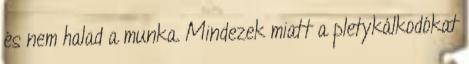
és nem halad a munka. Mindezek miatt a pletykálkodókat